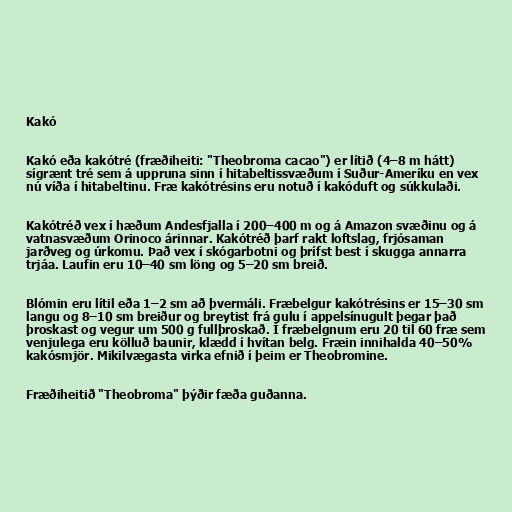
Kakó

Kakó eða kakótré (fræðiheiti: "Theobroma cacao") er lítið (4–8 m hátt)
sígrænt tré sem á uppruna sinn í hitabeltissvæðum í Suður-Ameríku en vex
nú víða í hitabeltinu. Fræ kakótrésins eru notuð í kakóduft og súkkulaði.

Kakótréð vex í hæðum Andesfjalla í 200–400 m og á Amazon svæðinu og á
vatnasvæðum Orinoco árinnar. Kakótréð þarf rakt loftslag, frjósaman
jarðveg og úrkomu. Það vex í skógarbotni og þrífst best í skugga annarra
trjáa. Laufin eru 10–40 sm löng og 5–20 sm breið.

Blómin eru lítil eða 1–2 sm að þvermáli. Fræbelgur kakótrésins er 15–30 sm
langu og 8–10 sm breiður og breytist frá gulu í appelsínugult þegar það
þroskast og vegur um 500 g fullþroskað. Í fræbelgnum eru 20 til 60 fræ sem
venjulega eru kölluð baunir, klædd í hvítan belg. Fræin innihalda 40–50%
kakósmjör. Mikilvægasta virka efnið í þeim er Theobromine.

Fræðiheitið "Theobroma" þýðir fæða guðanna.